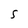
Character: 5